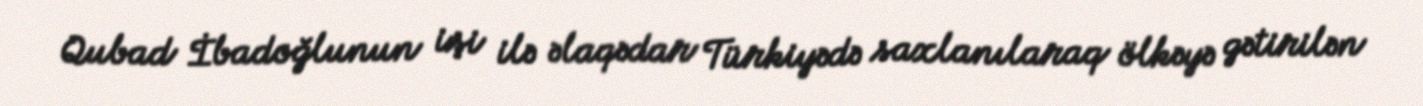
Qubad İbadoğlunun işi ilə əlaqədar Türkiyədə saxlanılaraq ölkəyə gətirilən